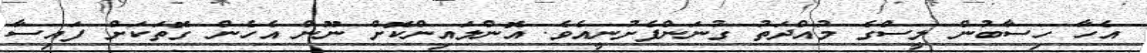
އެހާ ހިސާބުން ލީސްގެ މުއްދަތު ގުނަންފެށުނީއެވެ. އޮންލައިންކޮށް ނޫން އެހެން ގޮތަކަށް ފައިސާ